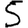
Digit: 5